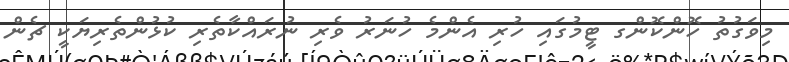
މިވަގުތު ހޮންކޮންގ ޓީމުގައި ހުރި އެންމެ ހުނަރު ވެރި ނުރައްކާތެރި ކުޅުންތެރިޔަކީ ޗެން